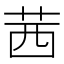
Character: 茜